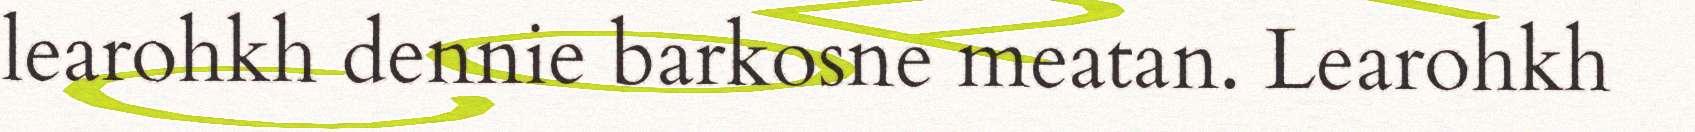
learohkh dennie barkosne meatan. Learohkh